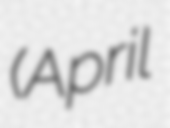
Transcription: (April